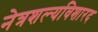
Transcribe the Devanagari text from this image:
नेत्रशल्यविशारद